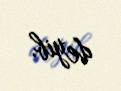
deyib.